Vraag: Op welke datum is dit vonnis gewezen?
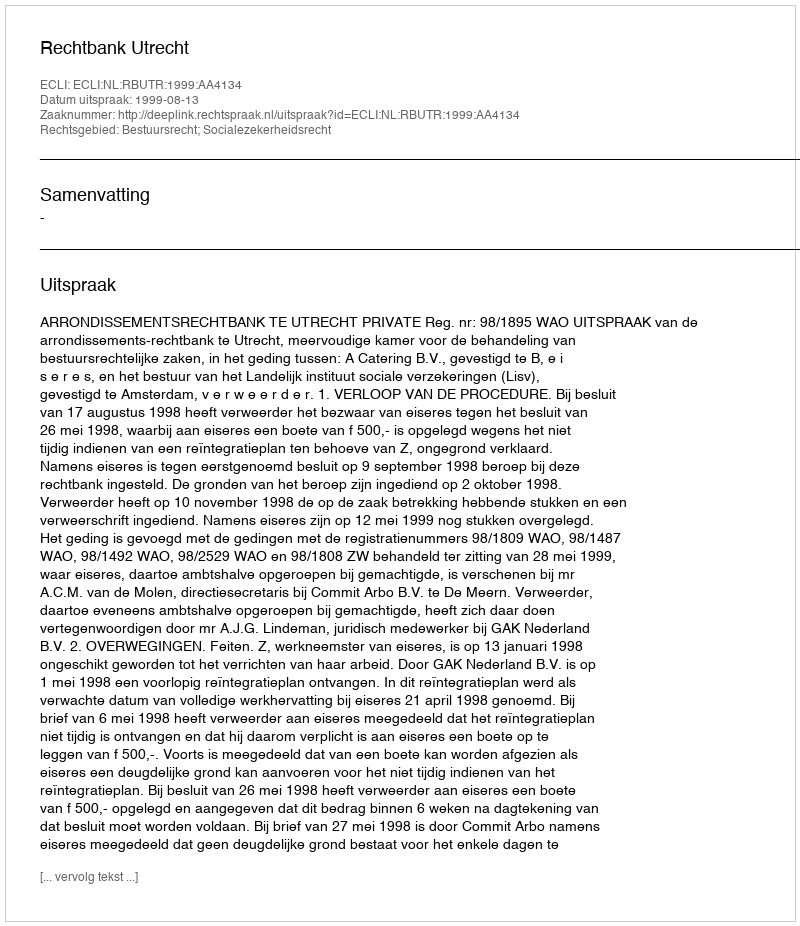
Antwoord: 1999-08-13